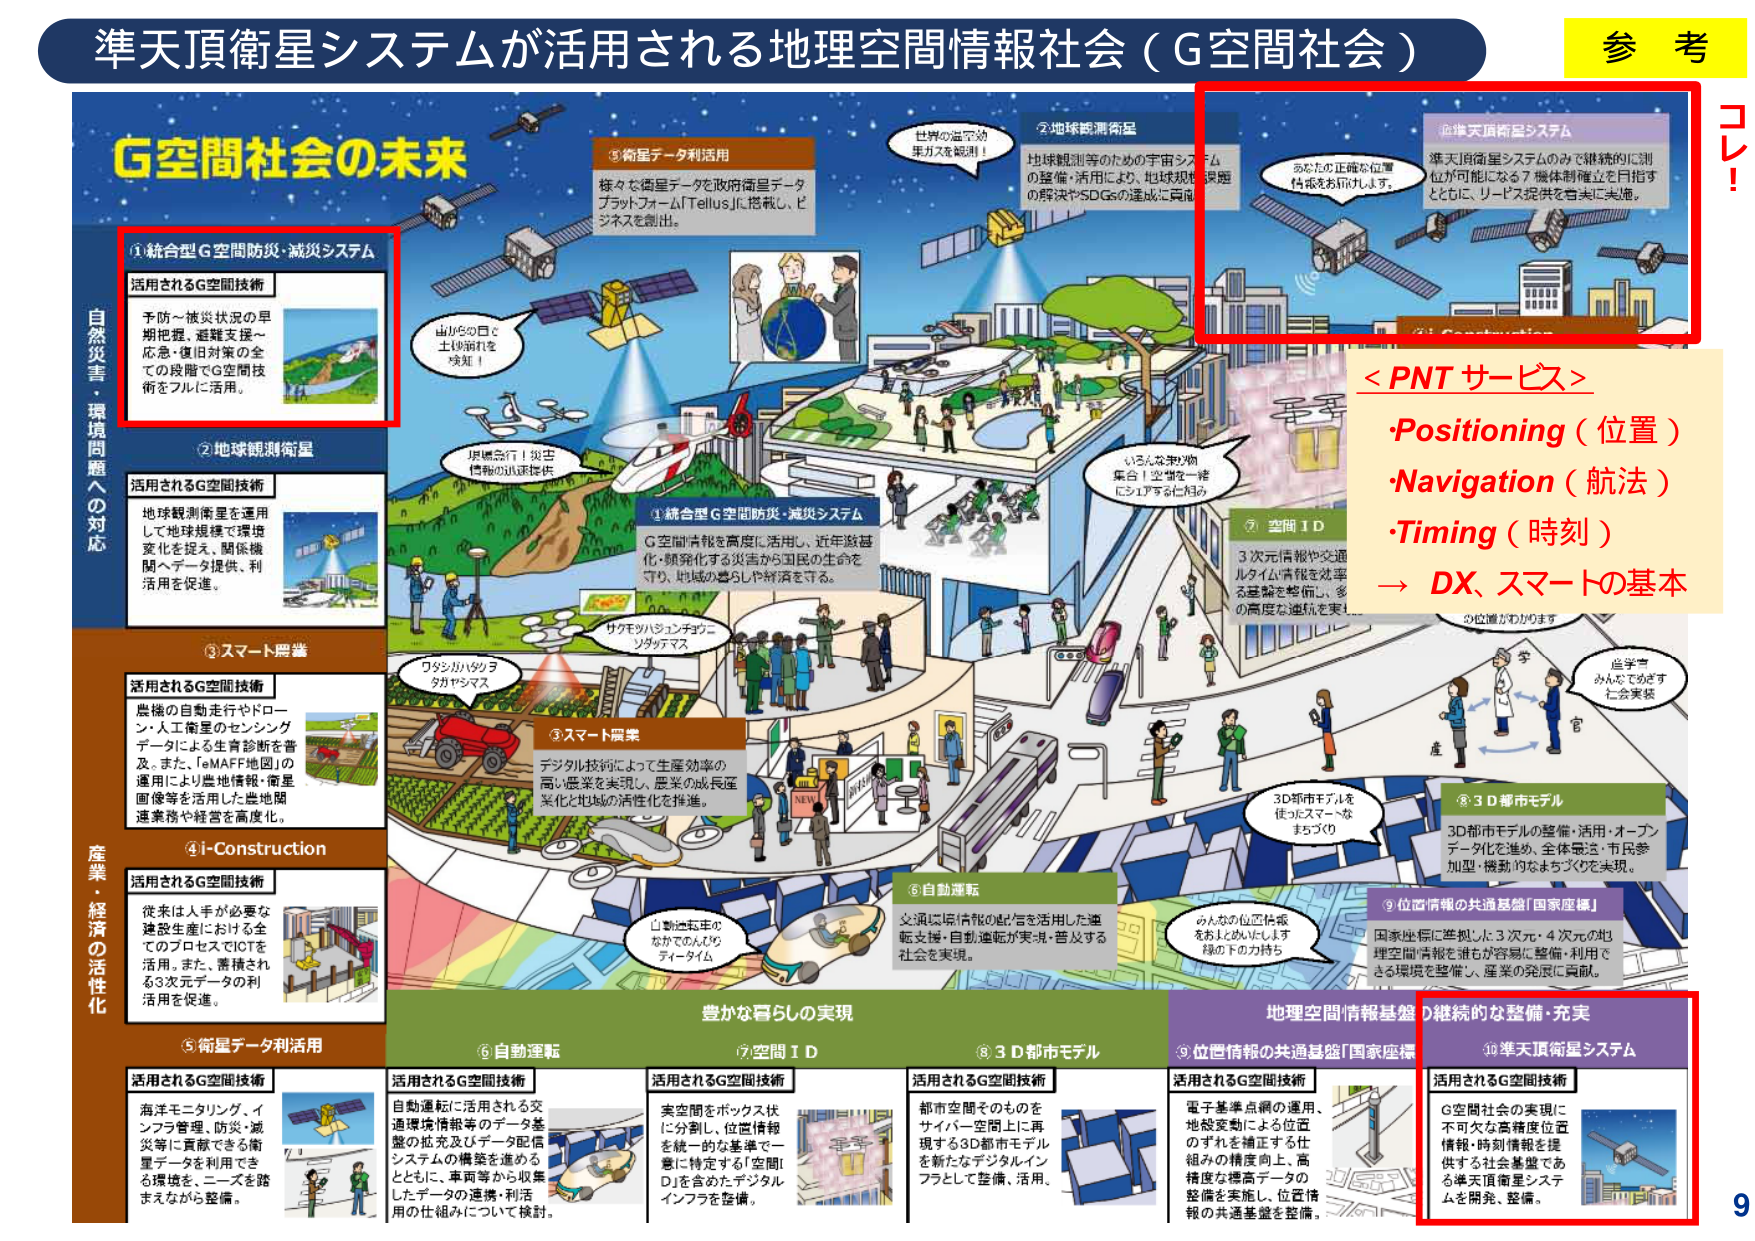
準天頂衛星システムが活用される地理空間情報社会（G空間社会）

G空間社会の未来

①統合型G空間防災・減災システム
活用されるG空間技術
予防～被災状況の早期把握、避難支援～応急・復旧対策の全ての段階でG空間技術をフルに活用。

②地球観測衛星
活用されるG空間技術
地球観測衛星を活用して地球規模で環境変化を捉え、関係機関へデータ提供、利活用を促進。

③スマート農業
活用されるG空間技術
農機の自動走行やドローン・人工衛星のセンシングデータによる生産診断を普及。また、「eMAFF地図」の運用により農地情報・衛星画像等を活用した農地関連業務や経営を高度化。

④i-Construction
活用されるG空間技術
従来は人手が必要な建設生産における全てのプロセスでICTを活用。また、蓄積される3次元データの利活用を促進。

⑤衛星データ利活用
活用されるG空間技術
海洋モニタリング、インフラ管理、防災・減災等に貢献できる衛星データを活用できる環境を、ニーズを踏まえながら整備。

⑥自動運転
活用されるG空間技術
自動運転に活用される交通環境情報等のデータ基盤の拡充及びデータ配信システムの構築を進めるとともに、車両等から収集したデータの連携・利活用の仕組みについて検討。

⑦空間ID
活用されるG空間技術
実空間をボックス状に分割し、位置情報を統一的な基準で一意に特定する「空間ID」を含めたデジタルインフラを整備。

⑧3D都市モデル
活用されるG空間技術
都市空間そのものをサイバー空間上に再現する3D都市モデルを新たなデジタルインフラとして整備、活用。

⑨位置情報の共通基盤「国家座標」
活用されるG空間技術
電子基準点網の運用、地殻変動による位置のずれを補正する仕組みの精度向上、高精度な標高データの整備を実施し、位置情報の共通基盤を整備。

⑩準天頂衛星システム
活用されるG空間技術
G空間社会の実現に不可欠な高精度位置情報・時刻情報を提供する社会基盤である準天頂衛星システムを開発、整備。

①統合型G空間防災・減災システム
G空間情報を高度に活用し、近年激甚化・頻発化する災害から国民の生命を守り、地域の暮らしや経済を守る。

②地球観測衛星
地球観測等のための宇宙システムの整備・活用により、地球規模課題の解決やSDGsの達成に貢献。

③スマート農業
デジタル技術によって生産効率の高い農業を実現し、農業の成長産業化と地域の活性化を推進。

④i-Construction
従来は人手が必要な建設生産における全てのプロセスでICTを活用。また、蓄積される3次元データの利活用を促進。

⑤衛星データ利活用
様々な衛星データを政府衛星データプラットフォーム「Tellus」に搭載し、ビジネスを創出。

⑥自動運転
交通環境情報の配信を活用した運転支援・自動運転が実現・普及する社会を実現。

⑦空間ID
3次元情報や交通ルータ情報等を処理する基盤を整備し、多様な高度な連携を実現。

⑧3D都市モデル
3D都市モデルの整備・活用・オープンデータ化を進め、全体最適・市民参加型・機動的なまちづくりを実現。

⑨位置情報の共通基盤「国家座標」
国家座標に準拠した3次元・4次元の地理空間情報を誰もが容易に整備・利用できる環境を整備し、産業の発展に貢献。

⑩準天頂衛星システム
準天頂衛星システムのみで継続的に測位が可能となる7機体制確立を目指すとともに、サービス提供を着実に実施。

＜PNT サービス＞
・Positioning（位置）
・Navigation（航法）
・Timing（時刻）
→ DX、スマートの基本

自然災害・環境問題への対応
産業・経済の活性化
豊かな暮らしの実現
地理空間情報基盤の継続的な整備・充実

世界の温室効果ガスを観測！
出がるの日を土砂崩れを検知！
環境急行！災害情報の迅速提供
ワシかハタタタタヤマス
サクモッハシントウニンダタマス
自動運転車のなかでめんどうなティータイム
3D都市モデルを使ったスマートなまちづくり
産
官
産業
みんなでめざす仁会実装
位置がわかります
あらたの正確な位置情報を取得します。
G空間社会の未来
参 考
コ レ ！
9